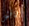
أناقش